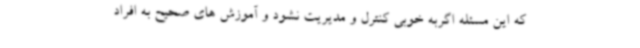
که این مسئله اگربه خوبی کنترل و مدیریت نشود و آموزش های صحیح به افراد